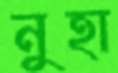
নুহা